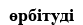
өрбітуді